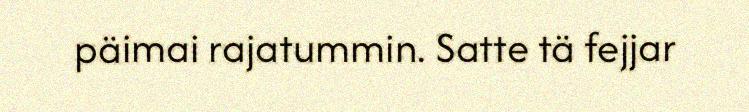
päimai rajatummin. Satte tä fejjar